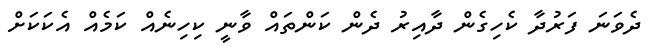
ދެވަނަ ފަރުދާ ކެހިގެން ދާއިރު ދެން ކަންތައް ވާނީ ކިހިނެއް ކަމެއް އެކަކަށް